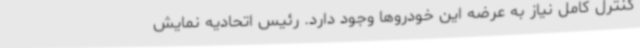
کنترل کامل نیاز به عرضه این خودروها وجود دارد. رئیس اتحادیه نمایش